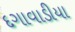
દગાવાડીયા